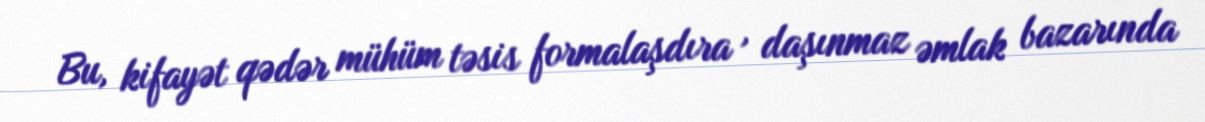
Bu, kifayət qədər mühüm təsis formalaşdıra , daşınmaz əmlak bazarında